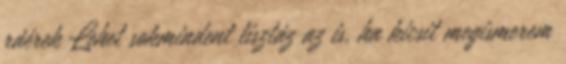
ráérek Lehet sokmindent tisztáz az is, ha kicsit megismerem